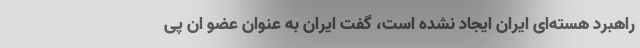
راهبرد هسته‌ای ایران ایجاد نشده است، گفت ایران به عنوان عضو ان پی